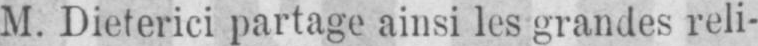
M. Dieterici partage ainsi les grandes reli-